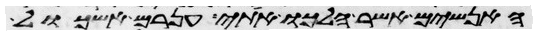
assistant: האנשים אשר הלכו אתי ענרם ואשכול